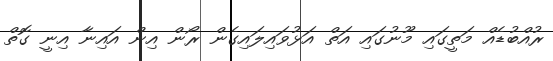
ރުއްބުޑެއް މަތީގައި މޫނުގައި އަތް އަޅުވައިލައިގެން ރޯން އިން އައިނާ އިނީ ގޮތް